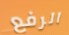
الرفع